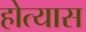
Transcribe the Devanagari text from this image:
होत्यास